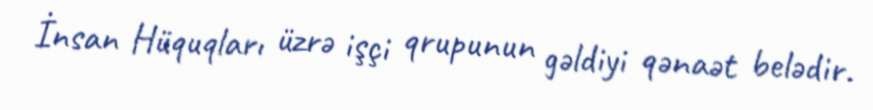
İnsan Hüquqları üzrə işçi qrupunun gəldiyi qənaət belədir.